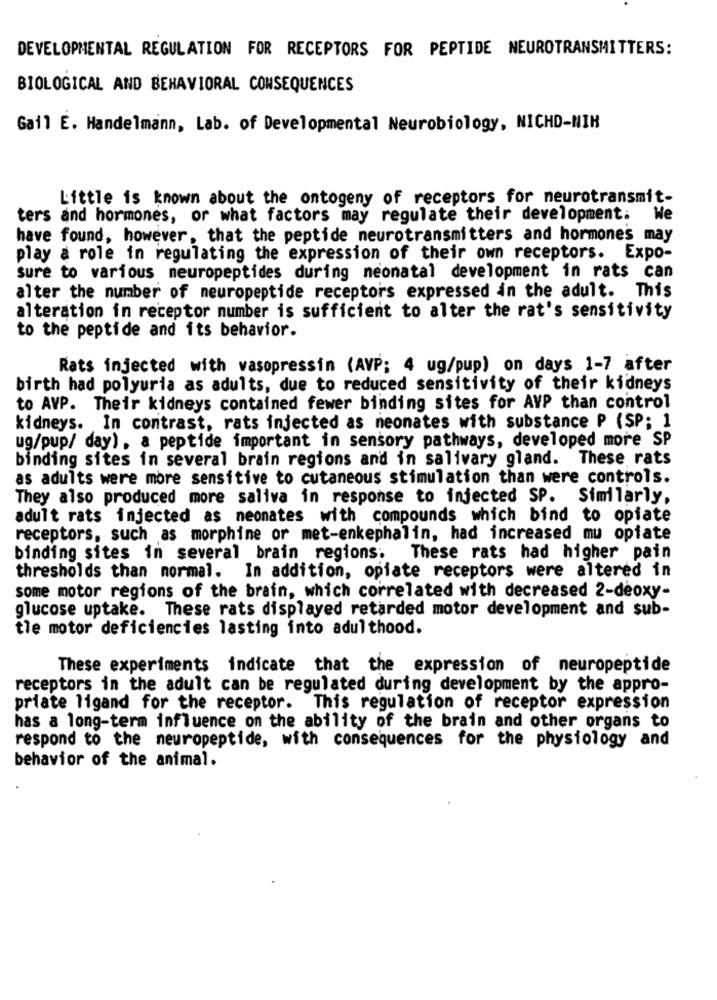
DEVELOPMENTAL REGULATION FOR RECEPTORS FOR PEPTIDE NEUROTRANSMITTERS:
BIOLOGICAL AND BEHAVIORAL CONSEQUENCES
Gail E. Handelmann, Lab. of Developmental Neurobiology, NICHD-NIH
Little is known about the ontogeny of receptors for neurotransmit-
ters and hormones, or what factors may regulate their development. We
have found, however, that the peptide neurotransmitters and hormones may
play a role in regulating the expression of their own receptors. Expo-
sure to various neuropeptides during neonatal development in rats can
alter the number of neuropeptide receptors expressed in the adult. This
alteration in receptor number is sufficient to alter the rat's sensitivity
to the peptide and its behavior.
Rats injected with vasopressin (AVP; 4 ug/pup) on days 1-7 after
birth had polyuria as adults, due to reduced sensitivity of their kidneys
to AVP. Their kidneys contained fewer binding sites for AVP than control
kidneys. In contrast, rats injected as neonates with substance P (SP; 1
ug/pup/ day), a peptide important in sensory pathways, developed more SP
binding sites in several brain regions and in salivary gland. These rats
as adults were more sensitive to cutaneous stimulation than were controls.
They also produced more saliva in response to injected SP. Similarly,
adult rats injected as neonates with compounds which bind to opiate
receptors, such as morphine or met-enkephalin, had increased mu opiate
binding sites in several brain regions. These rats had higher pain
thresholds than normal. In addition, opiate receptors were altered in
some motor regions of the brain, which correlated with decreased 2-deoxy-
glucose uptake. These rats displayed retarded motor development and sub-
tle motor deficiencies lasting into adulthood.
These experiments indicate that the expression of neuropeptide
receptors in the adult can be regulated during development by the appro-
priate ligand for the receptor. This regulation of receptor expression
has a long-term influence on the ability of the brain and other organs to
respond to the neuropeptide, with consequences for the physiology and
behavior of the animal.